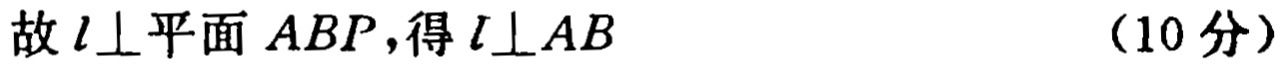
故 \(l\perp\)平面 \(ABP\)，得 \(l\perp AB\)  （10 分）